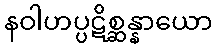
နဝါဟပ္ပဋိစ္ဆန္နာယော